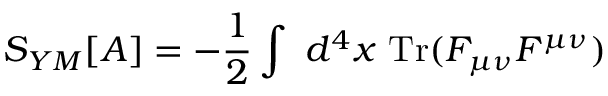
S _ { Y M } [ A ] = - \frac { 1 } { 2 } \int \ d ^ { 4 } x \ \mathrm { T r } ( { \cal F } _ { \mu \nu } { \cal F } ^ { \mu \nu } )